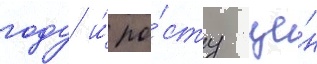
году и́ ро́сту це́н